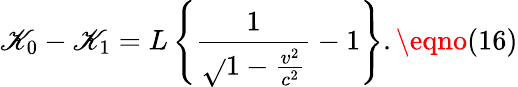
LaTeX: \mathscr{K}_{0}-\mathscr{K}_{1}=L\left\{ \frac{{1}}{{\sqrt{}{{1-\frac{{v^{2}}}{{c^{2}}}}}}}-1\right\} .\eqno(16)